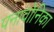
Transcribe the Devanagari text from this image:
पनावोनिका